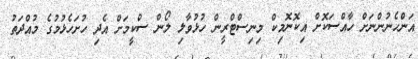
އަންހެނުންނަށް ހާއްސަކޮށް އިކޮނޮމިކް މިނިސްޓްރީން ހުޅުވާލި ލޯން ސްކީމަށް އެދި ހުށަހެޅުމުގެ މުއްދަތު